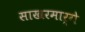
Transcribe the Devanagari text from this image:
साखरमार्गे